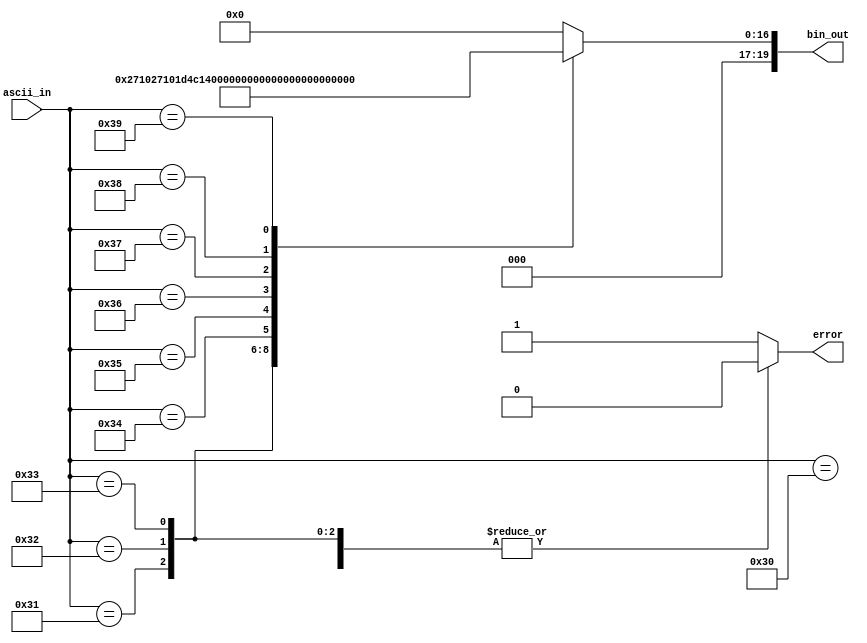
module ascii_decoder10000(
	input [7:0] ascii_in,
	output reg[19:0] bin_out,
	output reg error);
	
	always begin
	
		case (ascii_in)
		
			8'h30: begin
				bin_out = 20'h0000;
				error = 0;
			end
			8'h31: begin
				bin_out = 20'h2710;
				error = 0;
			end			
			
			8'h32: begin
				bin_out = 20'h4E20;
				error = 0;
			end
			
			8'h33: begin
				bin_out = 20'h7530;
				error = 0;
			end
			
			8'h34: begin
				bin_out = 20'h9C40;
				error = 0;
			end
			
			8'h35: begin
				bin_out = 20'hC350;
				error = 0;
			end
			
			8'h36: begin
				bin_out = 20'hEA60;
				error = 0;
			end
			
			8'h37: begin
				bin_out = 20'h11170;
				error = 0;
			end
			
			8'h38: begin
				bin_out = 20'h13880;
				error = 0;
			end
			
			8'h39: begin
				bin_out = 20'h15F90;
				error = 0;
			end
			
			default: begin
				bin_out = 20'h00000;
				error = 1;
			end
			
		endcase
	
	end
endmodule